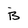
Character: B